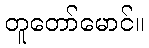
တူတော်မောင်။